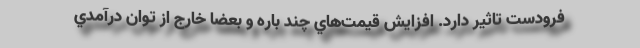
فرودست تاثير دارد. افزايش قيمت‌هاي چند باره و بعضا خارج از توان درآمدي